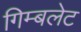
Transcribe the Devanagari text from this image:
गिम्बलेट